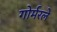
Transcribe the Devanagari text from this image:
गोर्मरले